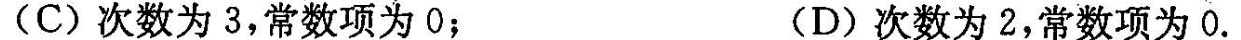
(C)次数为3，常数项为0；(D)次数为2，常数项为0.